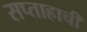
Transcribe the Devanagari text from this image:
सप्ताहाची